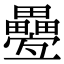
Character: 疉